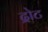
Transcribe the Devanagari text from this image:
द्रोट